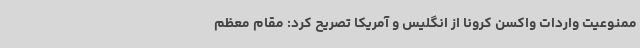
ممنوعیت واردات واکسن کرونا از انگلیس و آمریکا تصریح کرد: مقام معظم